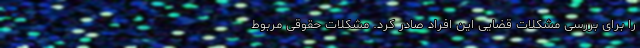
را برای بررسی مشکلات قضایی این افراد صادر کرد. مشکلات حقوقی مربوط